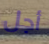
أجل